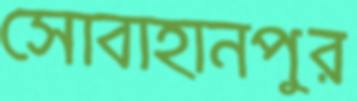
সোবাহানপুর